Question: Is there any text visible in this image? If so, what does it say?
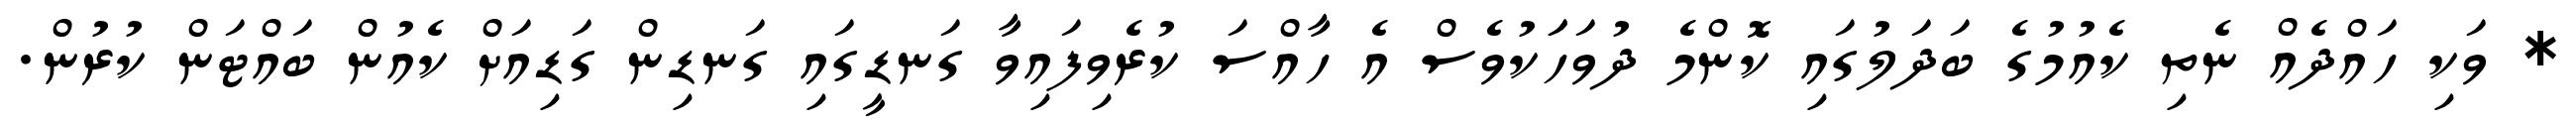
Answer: * ވަކި ހައްދެއް ނެތި ކެއުމުގެ ބަދަލުގައި ކޮންމެ ދުވަހަަކުވެސް އެ ހާއްސަ ކުރެވިފައިވާ ގަނޑީގައި ގަނޑިން ގަޑިއަށް ކެއުން ބައްޓަން ކުރުން.